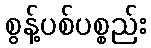
စွန့်ပစ်ပစ္စည်း